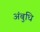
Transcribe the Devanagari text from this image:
अंबुधि